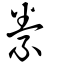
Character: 絭